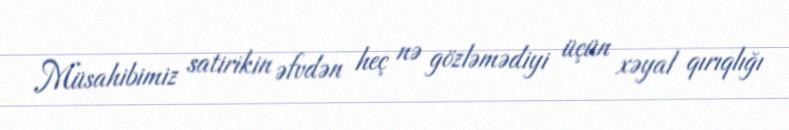
Müsahibimiz satirikin əfvdən heç nə gözləmədiyi üçün xəyal qırıqlığı